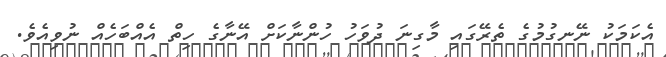
އެކަމަކު ނޭނގުމުގެ ތެރޭގައި މާގިނަ ދުވަހު ހުންނާކަށް އޭނާގެ ހިތް އެއްބަހެއް ނުވިއެވެ.